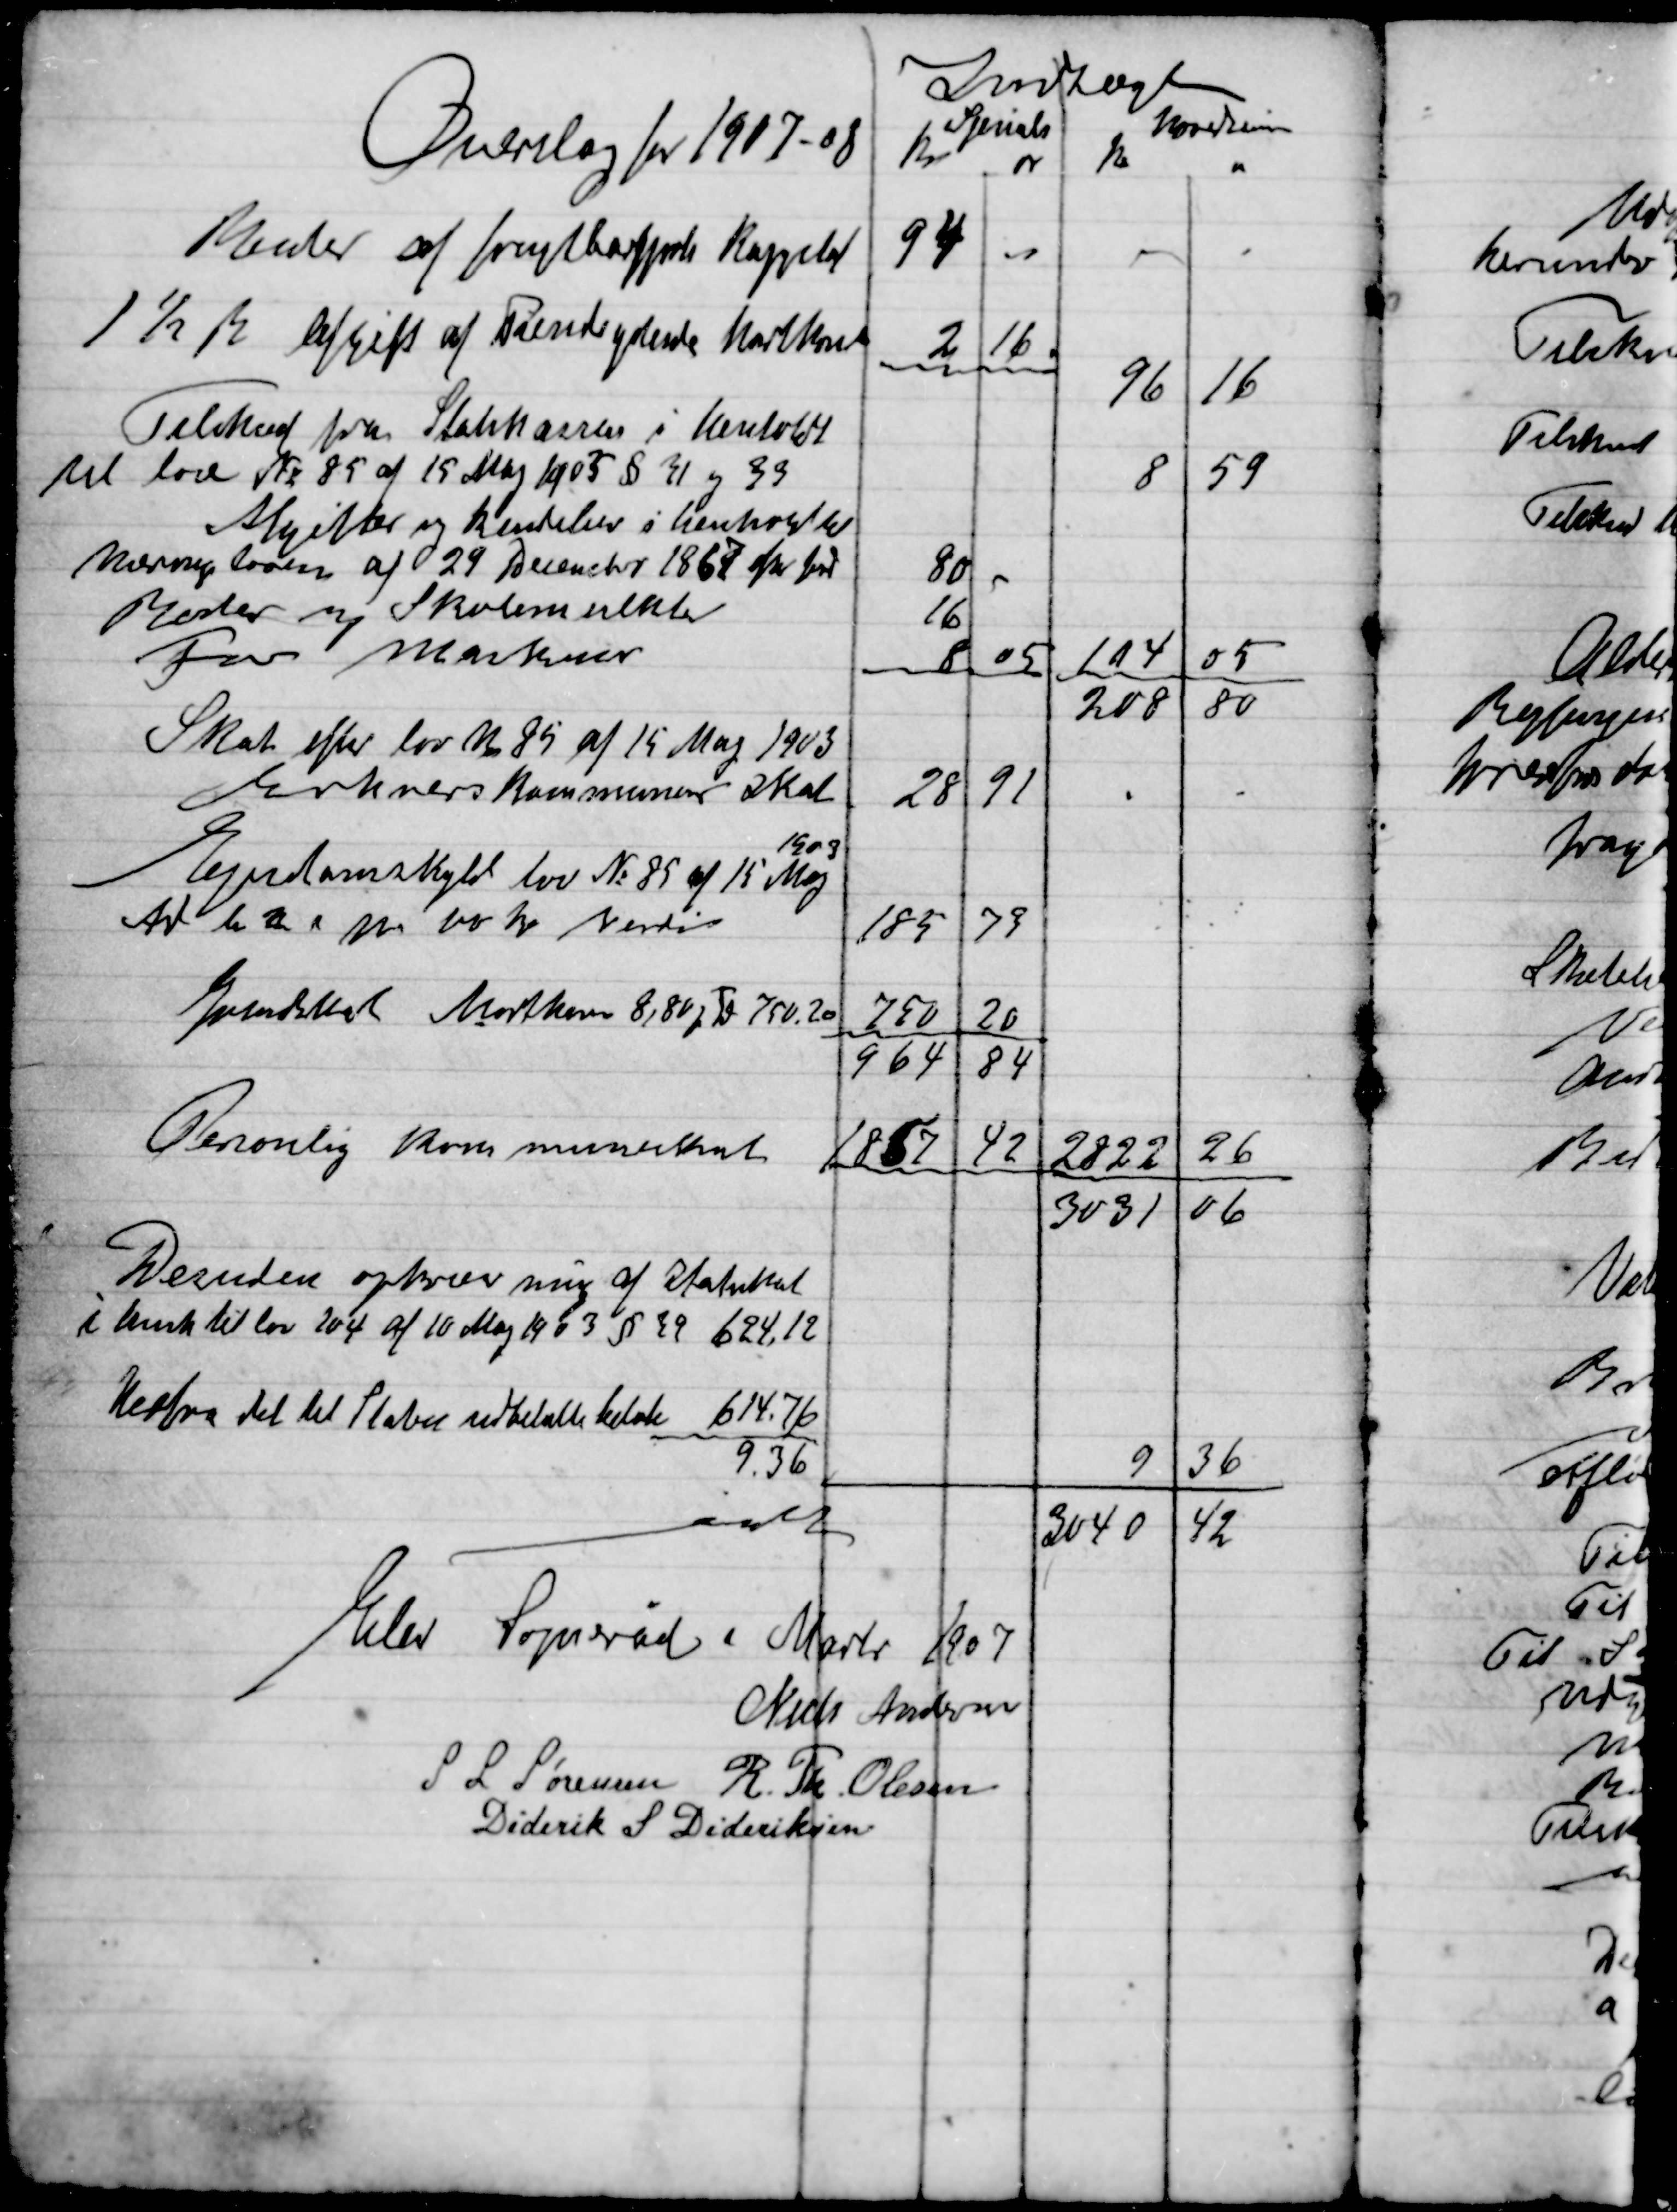
Transskription:
Elev Sogneråd Marts 1907

Niels Andersen
S. L. Sørensen
R. Th. Olsen
Diderik S. Dideriksen